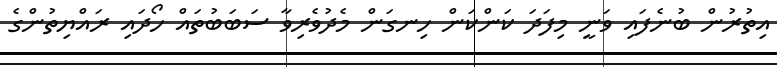
އިތުރުން ބުނެފައި ވަނީ މިފަދަ ކަންކަން ހިނގަން މެދުވެރިވާ ސަބަބުތައް ހޯދައި ރައްޔިތުންގެ